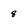
Character: 8